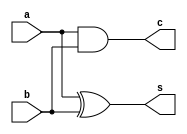
module HA (a, b, s, c);
 
	input a,b;
	output s,c;
	
	// Gate level code
	xor x1 (s, a, b);
	and a1 (c, a, b);
	
endmodule